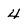
Character: 4